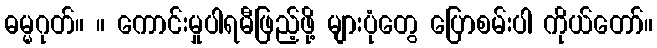
ဓမ္မဂုတ်။ ။ ကောင်းမှုပါရမီဖြည့်ဖို့ များပုံတွေ ပြောစမ်းပါ ကိုယ်တော်။